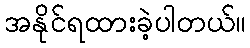
အနိုင်ရထားခဲ့ပါတယ်။